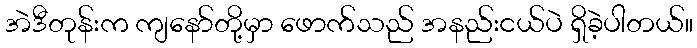
အဲဒီတုန်းက ကျနော်တို့မှာ ဖောက်သည် အနည်းငယ်ပဲ ရှိခဲ့ပါတယ်။